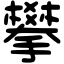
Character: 攀